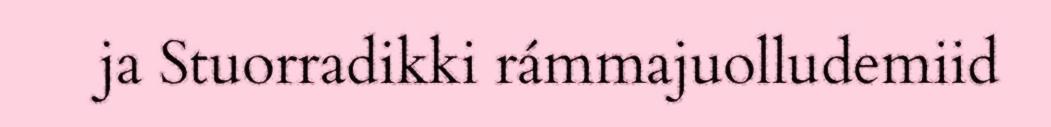
ja Stuorradikki rámmajuolludemiid